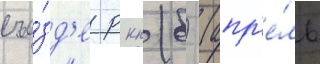
съе́зд'е ркп (б) (апр'е́ль